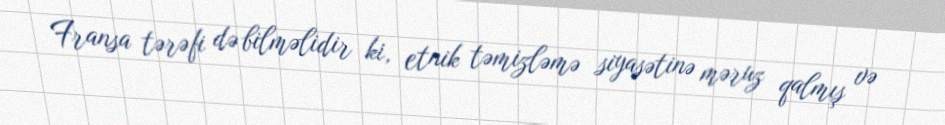
Fransa tərəfi də bilməlidir ki, etnik təmizləmə siyasətinə məruz qalmış və